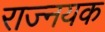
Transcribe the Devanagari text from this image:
राज्नयक